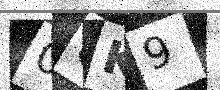
Text: 0UK9